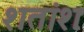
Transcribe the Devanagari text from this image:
शतांशः